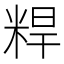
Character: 𬖝